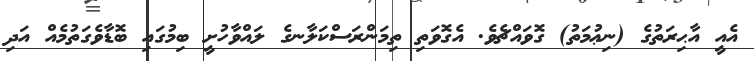
އެއީ އާޙިރަތުގެ (ނިޢުމަތު) ގޮވައްޗެވެ. އެގޮވަތި ތިމަންރަސްކަލާނގެ ލައްވާހުށީ ބިމުގައި ބޮޑާވެގަތުމެއް އަދި